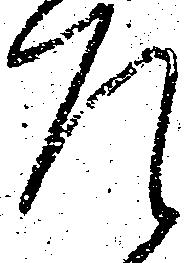
左